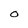
Character: O